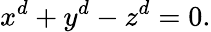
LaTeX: x^{d}+y^{d}-z^{d}=0.